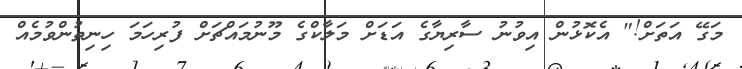
މަގޭ އަތަށް!" އެކޮޅުން އިވުނު ސާރިޔާގެ އަޑަށް މަލާކްގެ މޫނުމައްޗަށް ފުރިހަމަ ހިނިތުންވުމެއް